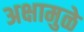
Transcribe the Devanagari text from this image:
अक्षामुळे